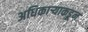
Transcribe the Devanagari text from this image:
अधिकार्‍याकडून